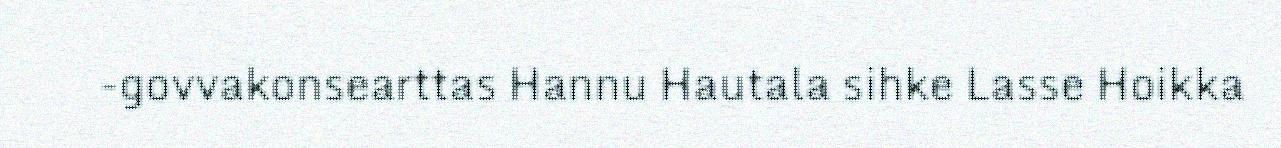
-govvakonsearttas Hannu Hautala sihke Lasse Hoikka